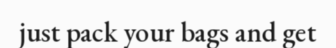
just pack your bags and get